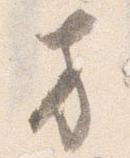
方